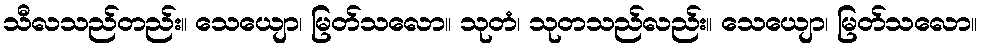
သီလသည်တည်း။ သေယျော၊ မြတ်သလော။ သုတံ၊ သုတသည်လည်း။ သေယျော၊ မြတ်သလော။